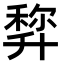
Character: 𠦿